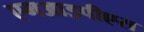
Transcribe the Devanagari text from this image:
एमआइपीएस